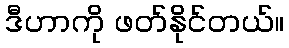
ဒီဟာကို ဖတ်နိုင်တယ်။